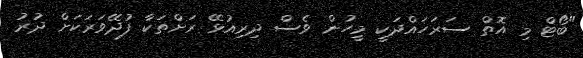
"ބޯޓް މި އޮތް ސަރަހައްދަކީ މީހުން ވެސް ދިރިއުޅޭ ރަށްތަކާ ފުދޭވަރަކަށް ދުރު